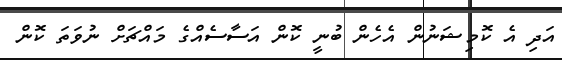
އަދި އެ ކޮމިޝަނުން އެހެން ބުނީ ކޮން އަސާސެެެއްގެ މައްޗަށް ނުވަތަ ކޮން